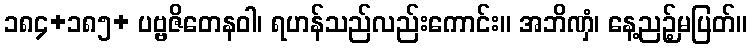
၁၈၄+၁၈၅+ ပဗ္ဗဇိတေနဝါ၊ ရဟန်သည်လည်းကောင်း။ အဘိဏှံ၊ နေ့ညဉ့်မပြတ်။